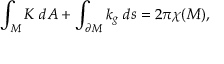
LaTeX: \int _ { M } K \; d A + \int _ { \partial M } k _ { g } \; d s = 2 \pi \chi ( M ) ,